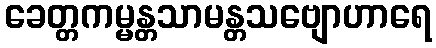
ခေတ္တကမ္မန္တသာမန္တသဗျောဟာရေ